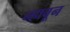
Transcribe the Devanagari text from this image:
न्हावून